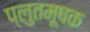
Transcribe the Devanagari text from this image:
प्लुतमूषक